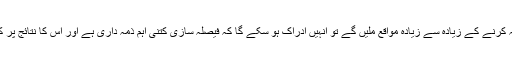
اس طرح جب بچوں کو فیصلہ کرنے کے زیادہ سے زیادہ مواقع ملیں گے تو انہیں ادراک ہو سکے گا کہ فیصلہ سازی کتنی اہم ذمہ داری ہے اور اس کا نتائج پر کس قدر گہرا اثر پڑ سکتا ہے۔